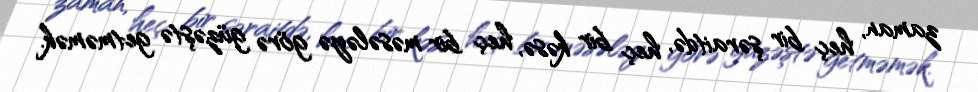
zaman, heç bir şəraitdə, heç bir kəsə, heç bir məsələyə görə güzəştə getməmək.